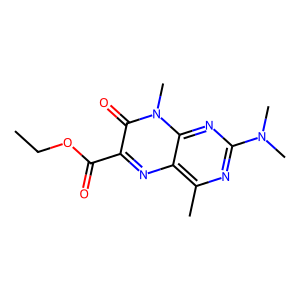
SMILES: CCOC(=O)c1nc2c(C)nc(N(C)C)nc2n(C)c1=O
Inhibits HIV replication: No